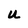
Character: U